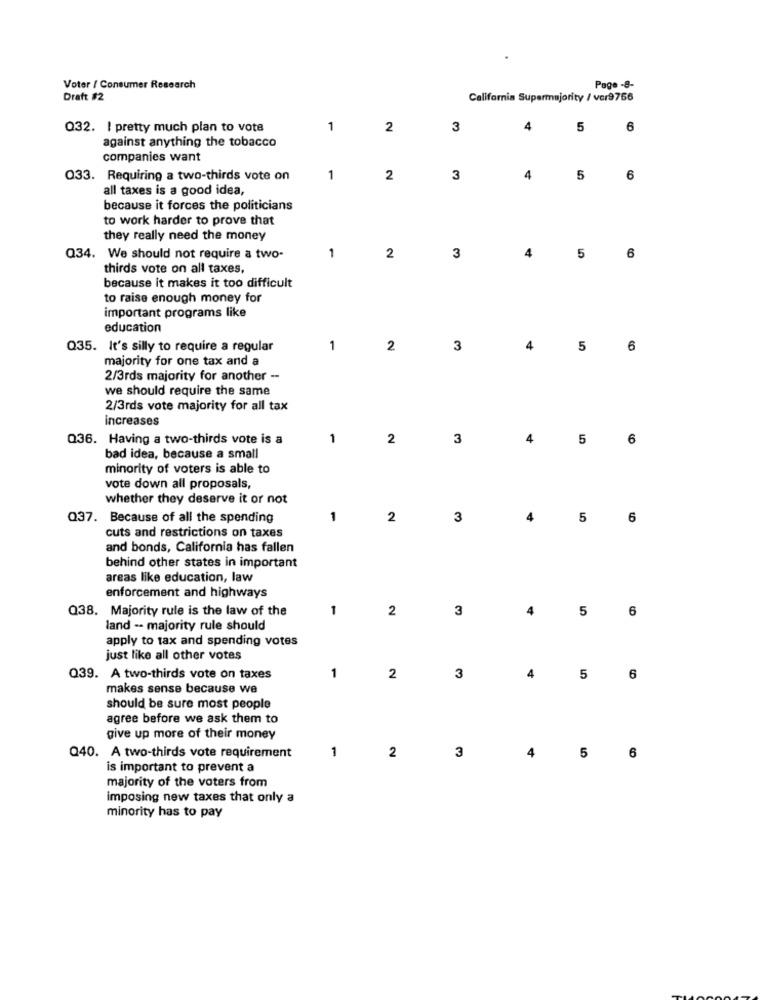
Voter / Consumer Research
Page -8-
Draft #2
California Supermajority / vor9756
Q32. I pretty much plan to vote
1
2
3
4
5
6
against anything the tobacco
companies want
033. Requiring a two-thirds vote on
1
2
3
4
5
6
all taxes is a good idea,
because it forces the politicians
to work harder to prove that
they really need the money
1
4
Q34. We should not require a two-
2
3
5
6
thirds vote on all taxes,
because it makes it too difficult
to raise enough money for
important programs like
education
Q35. It's silly to require a regular
1
2
3
4
5
6
majority for one tax and a
2/3rds majority for another --
we should require the same
2/3rds vote majority for all tax
increases
Q36. Having a two-thirds vote is a
1
2
3
4
5
6
bad idea, because a small
minority of voters is able to
vote down all proposals,
whether they deserve it or not
Q37. Because of all the spending
1
2
3
4
5
6
cuts and restrictions on taxes
and bonds, California has fallen
behind other states in important
areas like education, law
enforcement and highways
Q38. Majority rule is the law of the
1
2
3
4
5
6
land -- majority rule should
apply to tax and spending votes
just like all other votes
Q39. A two-thirds vote on taxes
1
2
3
4
5
6
makes sense because we
should be sure most people
agree before we ask them to
give up more of their money
1
3
5
Q40. A two-thirds vote requirement
2
4
6
is important to prevent a
majority of the voters from
imposing new taxes that only a
minority has to pay